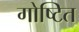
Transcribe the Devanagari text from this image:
गोष्टित